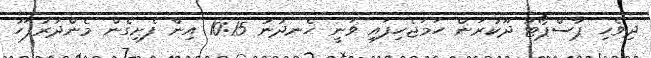
ދިވެހި ޕާސްޕޯޓު ދޫކުރަން ހަމަޖެހިފައި ވަނީ ހެނދުނު 10:15 އިން ފެށިގެން މެންދުރުފަހު